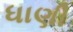
ધાણી